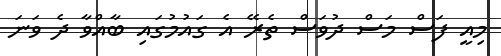
މިއީ ފަސް މަސް ދުވަސް ތެރޭ އެ ގައުމުގައި ބާއްވާ ދެ ވަނަ